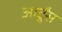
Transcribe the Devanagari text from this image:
आर्टूंस